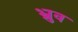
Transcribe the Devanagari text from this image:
भ्रुव